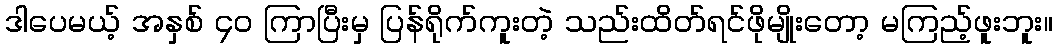
ဒါပေမယ့် အနှစ် ၄၀ ကြာပြီးမှ ပြန်ရိုက်ကူးတဲ့ သည်းထိတ်ရင်ဖိုမျိုးတော့ မကြည့်ဖူးဘူး။